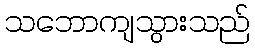
သဘောကျသွားသည်